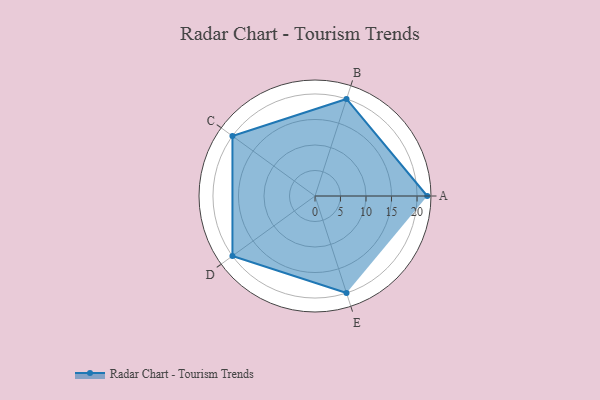
{"axis": {"x": "Skill", "y": "Score"}, "legend": ["Profile"], "data": [{"x": "A", "y": 22.0, "type": "Profile"}, {"x": "B", "y": 20, "type": "Profile"}, {"x": "C", "y": 20, "type": "Profile"}, {"x": "D", "y": 20, "type": "Profile"}, {"x": "E", "y": 20, "type": "Profile"}]}